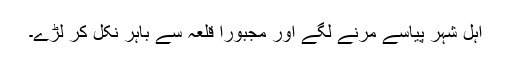
اہل شہر پیاسے مرنے لگے اور مجبوراً قلعہ سے باہر نکل کر لڑے۔